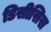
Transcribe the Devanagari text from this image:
डिसीसिस